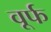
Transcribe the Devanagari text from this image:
वूर्फ